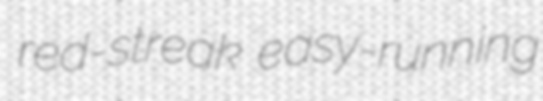
red-streak easy-running